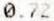
0.72